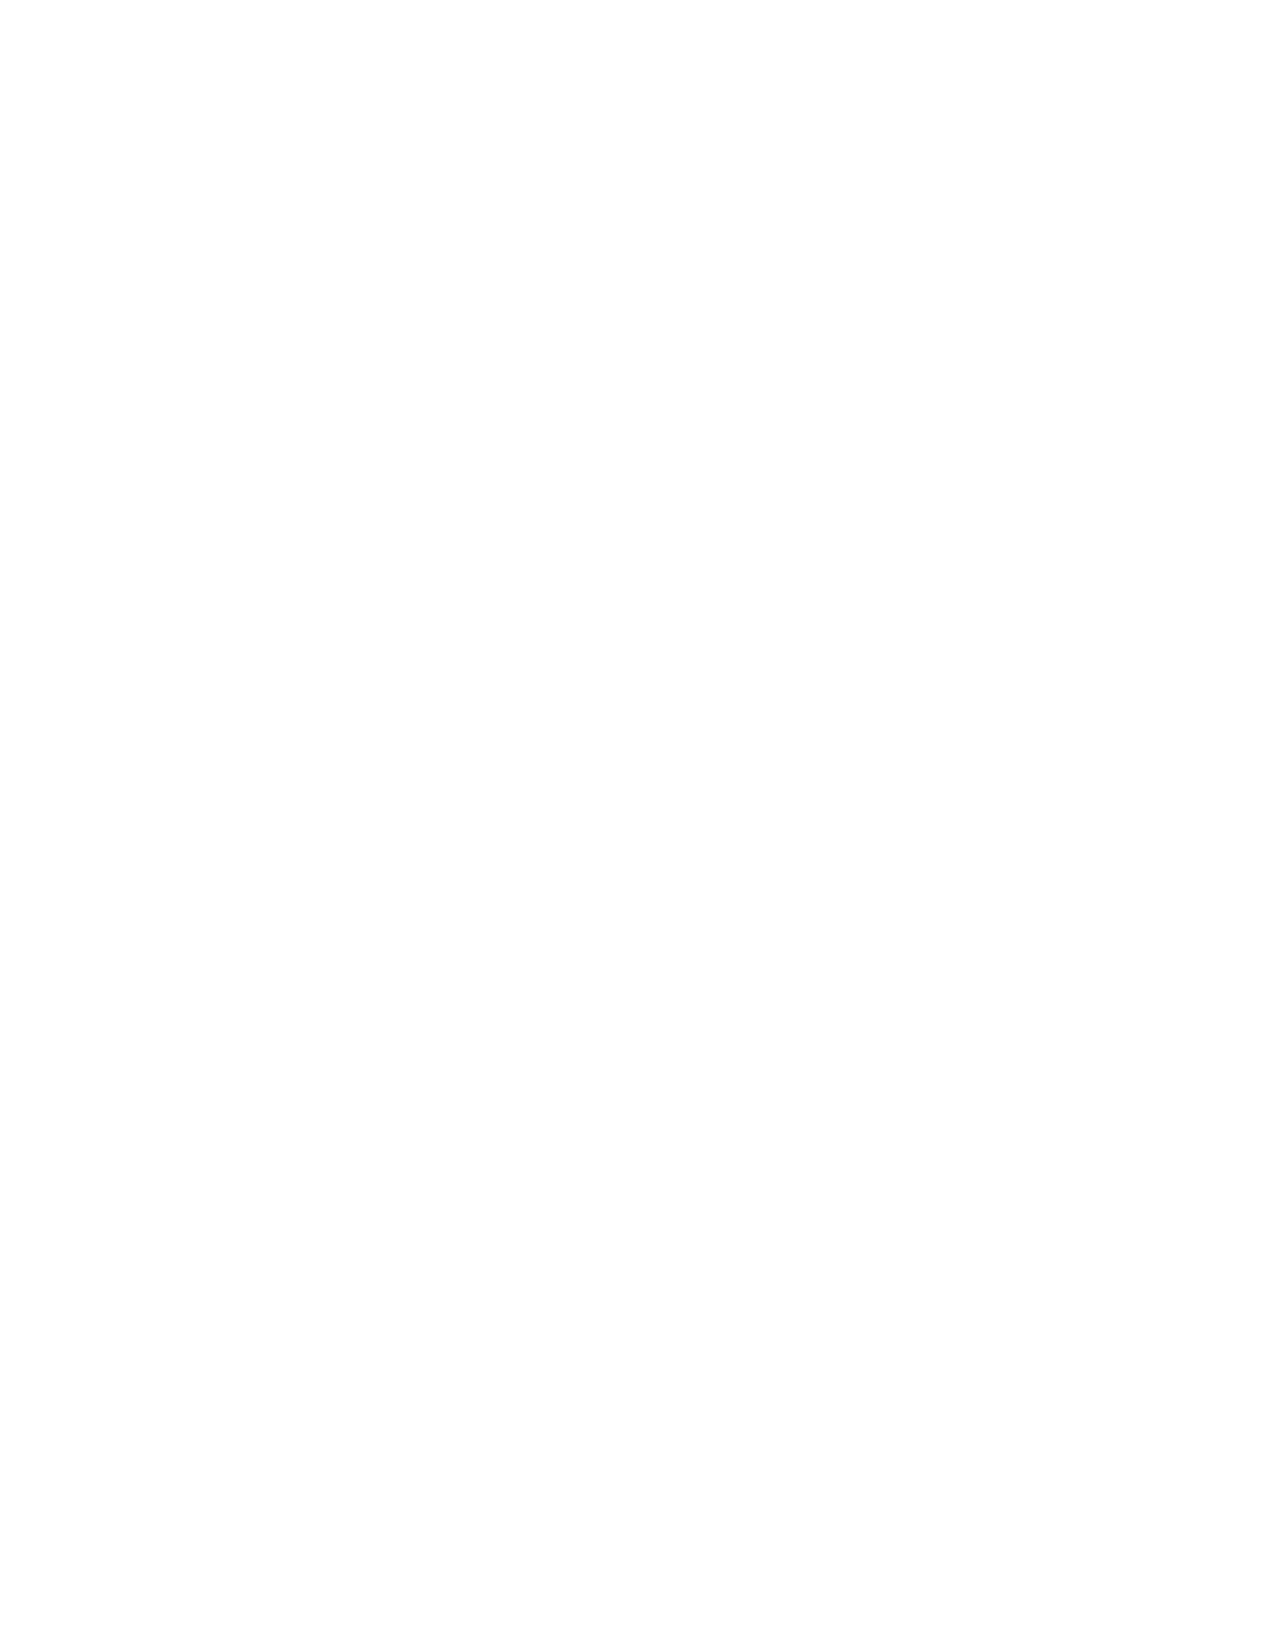
VerDate Apr 14 2004 11:04 Apr 14, 2004 Jkt 077500 PO 00000 Frm 00002 Fmt 8221 Sfmt 8221 C:\CONAN\CON038.XXX PRFM99 PsN: CON038